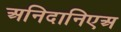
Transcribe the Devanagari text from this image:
अनिदानिएअ